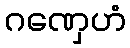
ဂဏှေဟံ